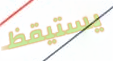
يستيقظ